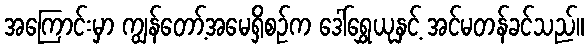
အကြောင်းမှာ ကျွန်တော့်အမေရှိစဉ်က ဒေါ်ရွှေယုနှင့် အင်မတန်ခင်သည်။